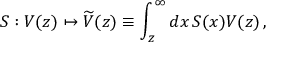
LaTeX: S : V ( z ) \mapsto \widetilde { V } ( z ) \equiv \int _ { z } ^ { \infty } d x \, S ( x ) V ( z ) \, ,